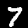
Label: 7